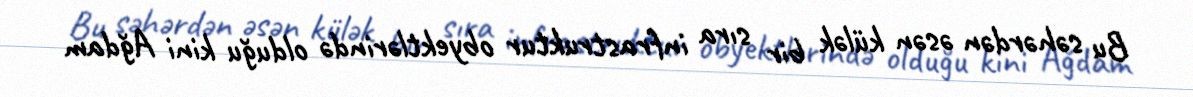
Bu səhərdən əsən külək bir sıra infrastruktur obyektlərində olduğu kini Ağdam